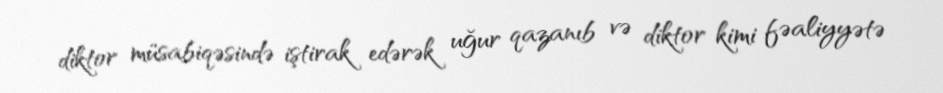
diktor müsabiqəsində iştirak edərək uğur qazanıb və diktor kimi fəaliyyətə